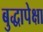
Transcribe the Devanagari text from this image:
बुद्धापेक्षा